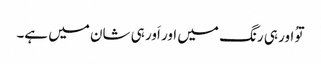
توُ اور ہی رنگ میں اور اَور ہی شان میں ہے۔